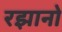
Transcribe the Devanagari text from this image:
रझानो